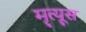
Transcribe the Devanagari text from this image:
मृत्यूस